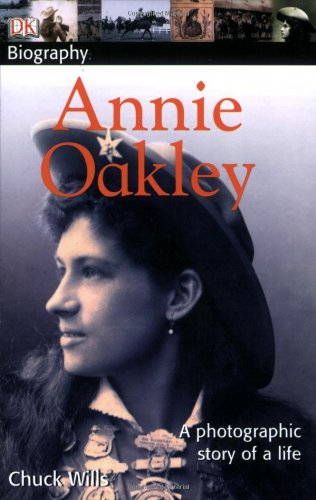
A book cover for DK Biography: Annie Oakley; Chuck Wills; Children's Books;